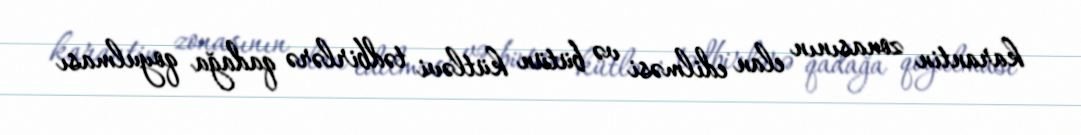
karantin zonasının elan edilməsi və bütün kütləvi tədbirlərə qadağa qoyulması